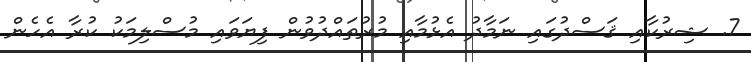
7. ޝިރުކާއި ޤަސްދުގައި ނަމާދު އެޅުމާއި މުރުތައްދުވުން ފިޔަވައި މުސްލިމަކު ކުރާ އެހެން